Vaccination in Bombay 1902-1912 - 1902-1912
Year: 1902
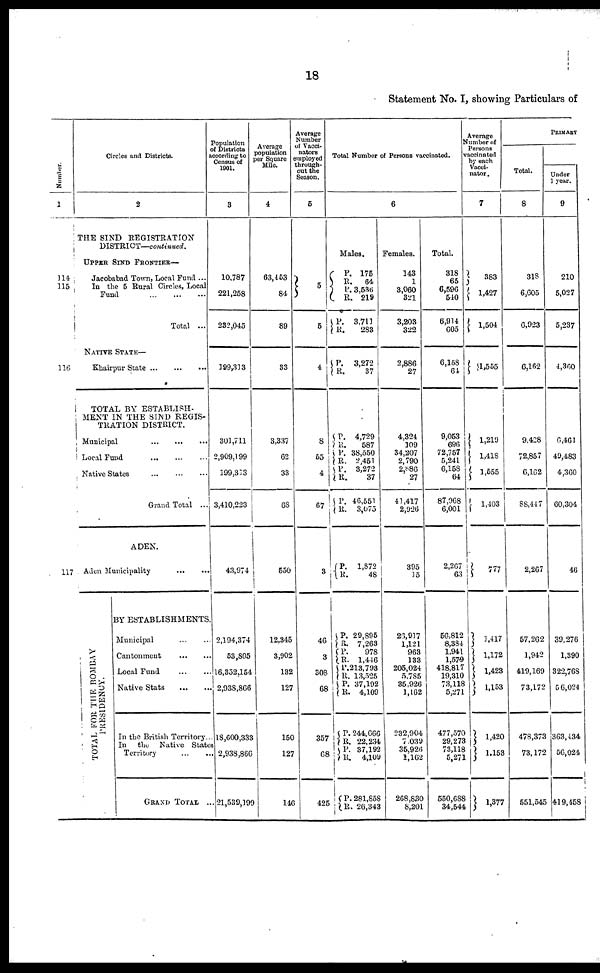
18
Statement No. I, showing Particulars of
Number.
1
114
115
116
117
Circles and Districts.
2
THE SIND REGISTRATION
DISTRICT—continued.
UPPER SIND FRONTIER—
Jacobabad Town, Local Fund ...
In the 5 Rural Circles, Local
Fund
...
...
...
Total ...
NATIVE STATE—
Khairpur State
...
...
...
TOTAL BY ESTABLISH-
MENT IN THE SIND REGIS-
TRATION DISTRICT.
Municipal
...
...
...
Local Fund
...
...
...
Native States
...
...
...
Grand Total ...
ADEN.
Aden Municipality
...
...
TOTAL FOR THE BOMBAY
PRESIDENCY.
BY ESTABLISHMENTS.
Municipal
...
...
Cantonment
...
...
Local Fund
...
...
Native Stats
...
...
In the British Territory ...
In the Native States
Territory ... ...
GRAND TOTAL ...
Population
of Districts
according to
Census of
1901.
3
10,787
221,258
232,045
199,313
301,711
2,909,199
199,313
3,410,223
43,974
2,194,374
53,805
16,352,154
2,938,866
18,600,333
2,938,866
21,539,199
Average
population
per Square
Mile.
4
63,453
84
89
33
3,337
62
33
68
550
12,345
3,902
132
127
150
127
146
Average
Number
of Vacci-
nators
employed
through-
out the
Season.
5
5
5
4
8
55
4
67
3
46
3
308
68
357
68
425
Total Number of Persons vaccinated.
6
Males.
P.
R.
P.
R.
P.
R.
P.
R.
P.
R.
P.
R.
P.
R.
P.
R.
P.
R.
P.
R.
P.
R.
P.
R.
P.
R.
P.
R.
P.
R.
P.
R.
175
64
3,536
219
3,711
283
3,272
37
4,729
587
38,550
2,451
3,272
37
46,551
3,075
1,872
48
29,895
7,263
978
1,446
213,793
13,525
37,192
4,109
244,666
22,234
37,192
4,109
281,858
26,343
Females.
143
1
3,060
321
3,203
322
2,886
27
4,324
109
34,207
2,790
2,886
27
41,417
2,926
395
15
26,917
1,121
963
133
205,024
5,785
35,926
1,162
232,904
7,039
35,926
1,162
268,830
8,201
Total.
318
65
6,596
540
6,914
605
6,158
61
9,053
696
72,757
5,241
6,158
64
87,968
6,001
2,267
63
56,812
8,384
1,941
1,579
418,817
19,310
73,118
5,271
477,570
29,273
73,118
5,271
550,688
34,544
Average
Number of
Persons
vaccinated
by each
Vacci-
nator.
7
383
1,427
1,504
1,555
1,219
1,418
1,555
1,403
777
1,417
1,172
1,423
1,153
1,420
1,153
1,377
PRIMARY
Total.
8
318
6,605
6,923
6,162
9,428
72,857
6,162
88,447
2,267
57,262
1,942
419,169
73,172
478,373
73,172
551,545
Under
1 year.
9
210
5,027
5,237
4,360
6,461
49,483
4,360
60,304
46
39,276
1,390
322,768
56,024
363,434
56,024
419,458